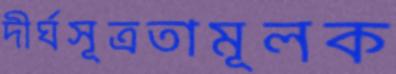
দীর্ঘসূত্রতামূলক